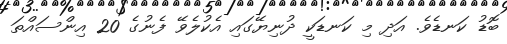
ބޮޑު ކަނޑެވެ. އަދި މި ކަނޑަކީ ދުނިޔޭގައި އެކުލެވޭ ފެނުގެ 20 އިންސައްތަ